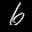
Label: 6